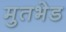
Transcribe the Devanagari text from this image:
मुतभेड